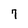
Character: 7